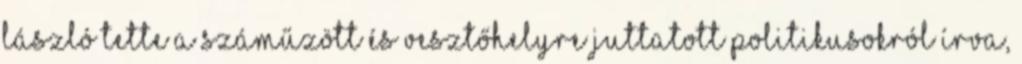
László tette a száműzött és vesztőhelyre juttatott politikusokról írva,